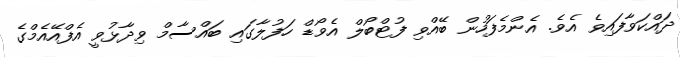
ދައްކަވާފައިވެ އެވެ. އެންމެފަހުން ބޭއްވި ފުޓްބޯލް އެވޯޑް ހަފުލާގައި ބައްސާމް ވިދާޅުވީ އެފްއޭއެމްގެ